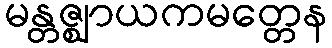
မန္တဇ္ဈာယကမတ္တေန